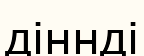
діннді